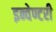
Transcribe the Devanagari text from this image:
इन्वेण्टरी